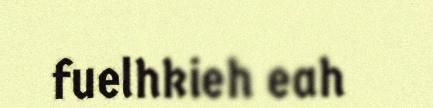
fuelhkieh eah